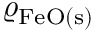
\varrho _ { \mathrm { F e O ( s ) } }